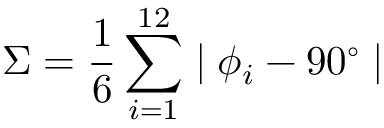
\Sigma = \frac { 1 } { 6 } \sum _ { i = 1 } ^ { 1 2 } \mid \phi _ { i } - 9 0 ^ { \circ } \mid